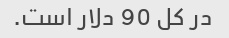
در کل 90 دلار است.